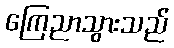
ကြေညာသွားသည်